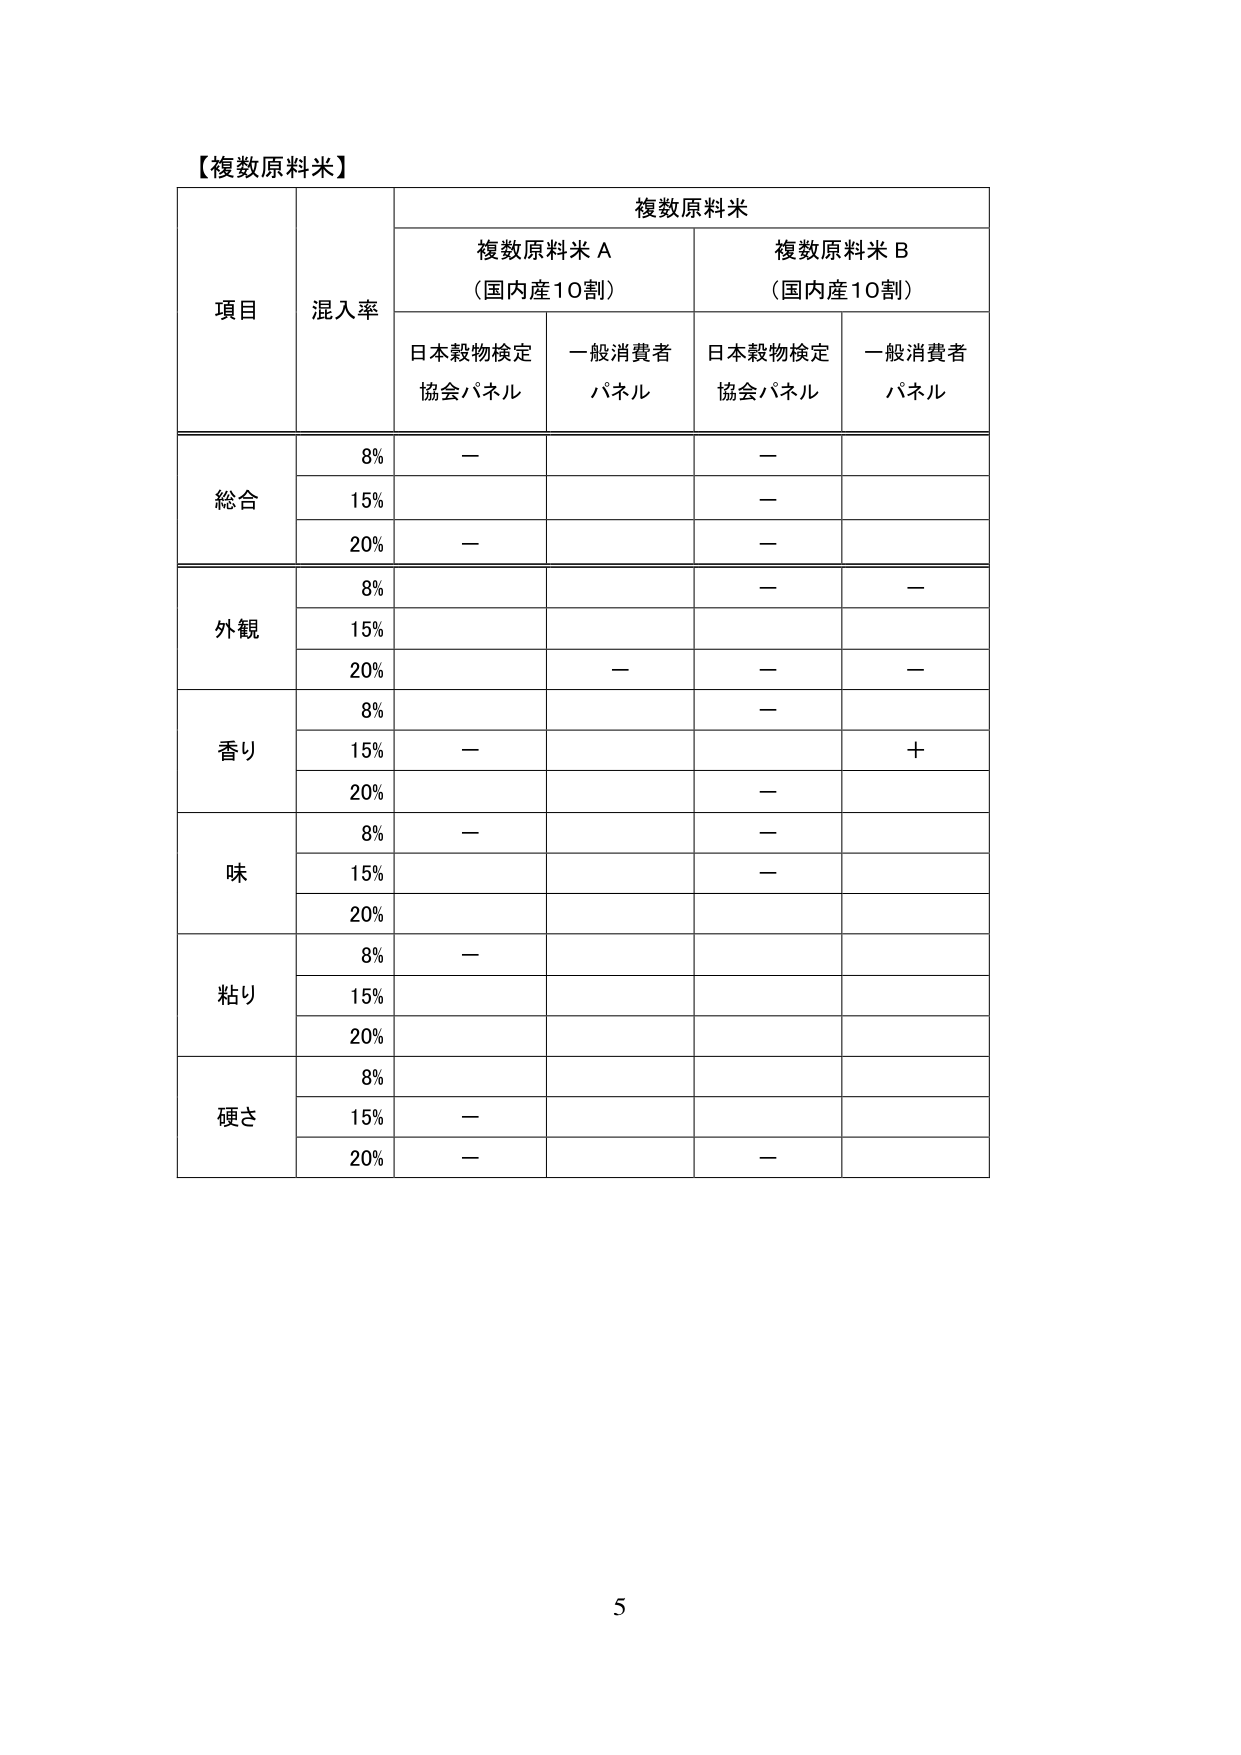
【複数原料米】
項目	混入率	複数原料米
		複数原料米 A（国内産10割）	複数原料米 B（国内産10割）
		日本穀物検定協会パネル	一般消費者パネル	日本穀物検定協会パネル	一般消費者パネル
総合	8%	－		－
	15%			－
	20%	－		－
外観	8%			－	－
	15%
	20%		－	－	－
香り	8%			－
	15%	－		＋
	20%			－
味	8%	－		－
	15%			－
	20%
粘り	8%	－
	15%
	20%
硬さ	8%
	15%	－
	20%	－		－
5